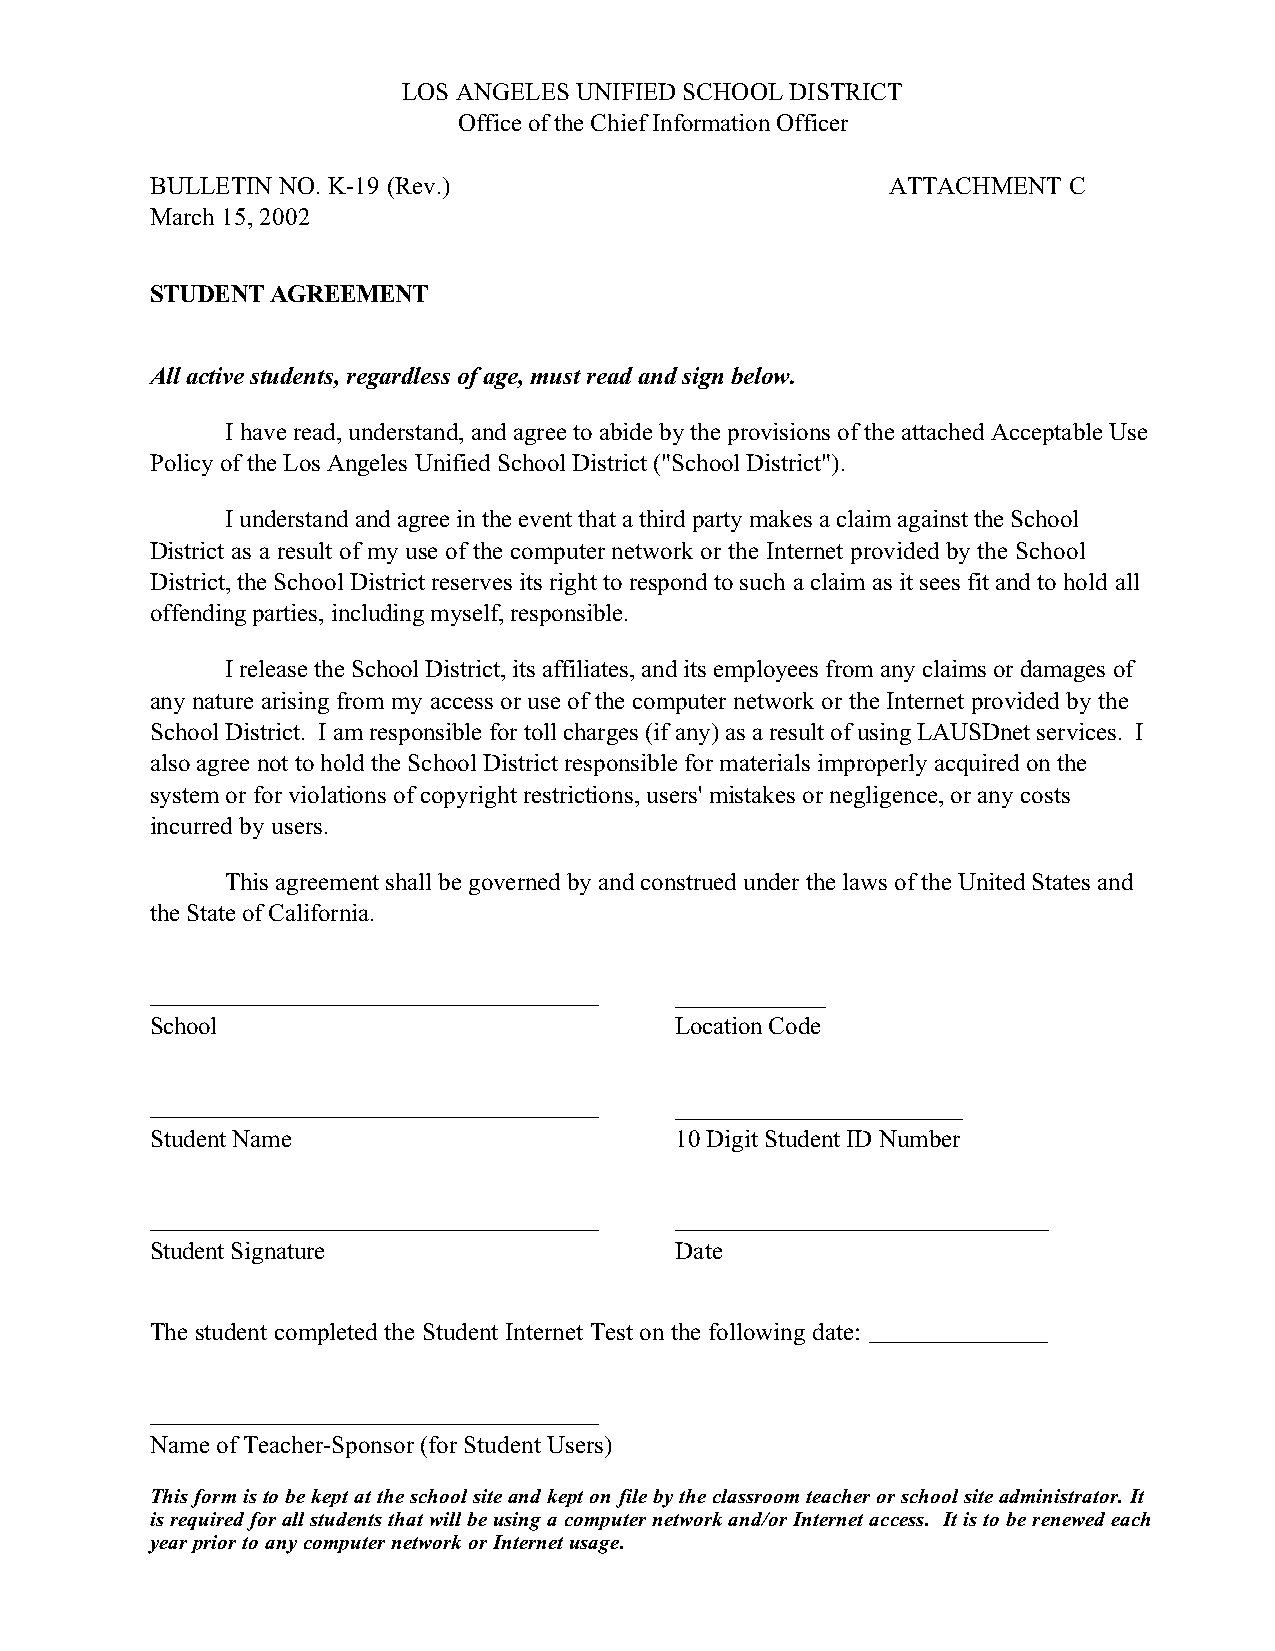
LOS ANGELES UNIFIED SCHOOL DISTRICT
 Office of the Chief Information Officer
 BULLETIN NO. K-19 (Rev.)                         ATTACHMENT  C
 March 15, 2002
 STUDENT AGREEMENT
 All active students, regardless of age, must read and sign below.
 I have read, understand, and agree to abide by the provisions of the attached Acceptable Use
 Policy of the Los Angeles Unified School District ("School District").
 I understand and agree in the event that a third party makes a claim against the School
 District as a result of my use of the computer network or the Internet provided by the School
 District, the School District reserves its right to respond to such a claim as it sees fit and to hold all
 offending parties, including myself, responsible.
 I release the School District, its affiliates, and its employees from any claims or damages of
 any nature arising from my access or use of the computer network or the Internet provided by the
 School District. I am responsible for toll charges (if any) as a result of using LAUSDnet services. I
 also agree not to hold the School District responsible for materials improperly acquired on the
 system or for violations of copyright restrictions, users' mistakes or negligence, or any costs
 incurred by users.
 This agreement shall be governed by and construed under the laws of the United States and
 the State of California.
 ____________
 School                             Location Code
 _______________________
 Student Name                       10 Digit Student ID Number
 Student Signature                  Date
 The student completed the Student Internet Test on the following date:
 Name of Teacher-Sponsor (for Student Users)
 This form is to be kept at the school site and kept on file by the classroom teacher or school site administrator. It
 is required for all students that will be using a computer network and/or Internet access. It is to be renewed each
 year prior to any computer network or Internet usage.